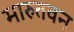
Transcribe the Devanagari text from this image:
मारुतवन